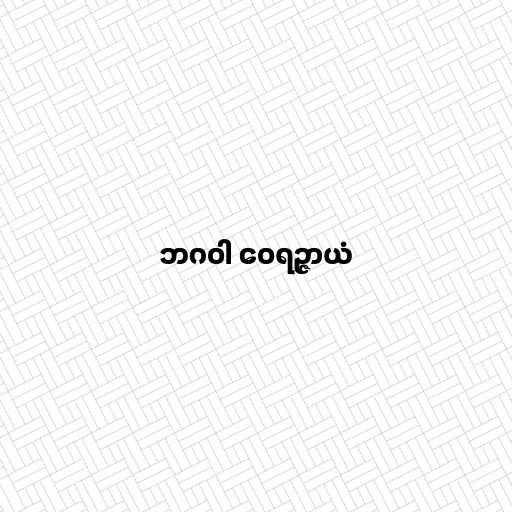
ဘဂဝါ ဝေရဉ္ဇာယံ